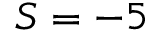
S = - 5